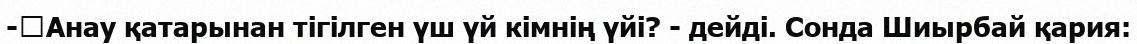
-	Анау қатарынан тігілген үш үй кімнің үйі? - дейді. Сонда Шиырбай қария: